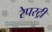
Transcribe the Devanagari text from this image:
रेपरट्री